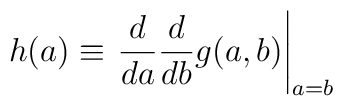
h(a)\equiv\left.{d\over da}{d\over db}g(a,b)\right|_{a=b}